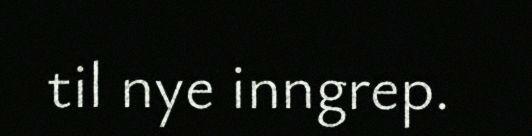
til nye inngrep.